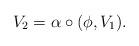
LaTeX: \begin{gather*} V_2 = \alpha \circ (\phi,V_1).\end{gather*}